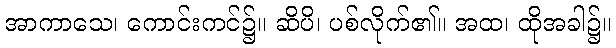
အာကာသေ၊ ကောင်းကင်၌။ ဆိပိ၊ ပစ်လိုက်၏။ အထ၊ ထိုအခါ၌။